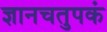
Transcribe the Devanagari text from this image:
ज्ञानचतुपकं